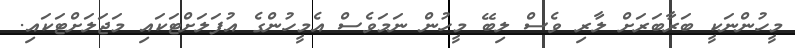
މީހުންނަކީ ބަރާބަރަށް ލާރި ވެސް ލިބޭ މީހުން ނަމަވެސް އެމީހުންގެ އުފަލަށްޓަކައި މަޖަލަށްޓަކައި.